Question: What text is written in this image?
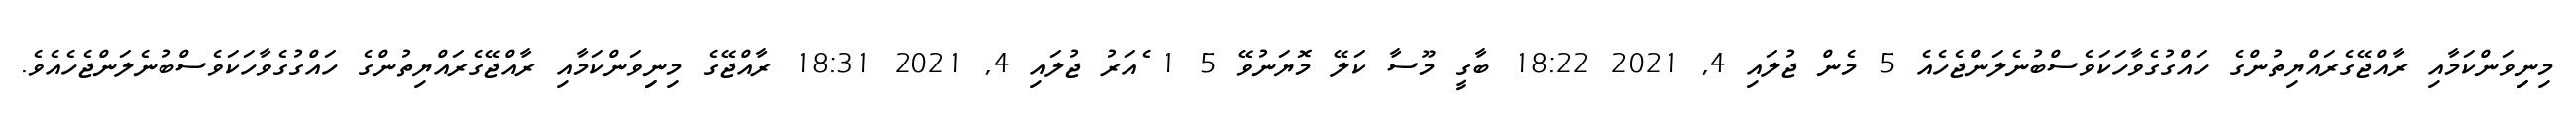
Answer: މިނިިވަންކަމާއި ރާއްޖޭގެރައްޔިތުންގެ ހައްގުގެވާހަކަވެސްބުނެލަންޖެހެއެ 5 މެން ޖުލައި 4, 2021 18:22 ބާގީ މޫސާ ކަލޭ މޮޔަނުވޭ 5 1 ެއަރު ޖުލައި 4, 2021 18:31 ރާއްޖޭގެ މިނިިވަންކަމާއި ރާއްޖޭގެރައްޔިތުންގެ ހައްގުގެވާހަކަވެސްބުނެލަންޖެހެއެވެ.